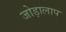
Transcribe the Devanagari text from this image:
जोड़ालाप